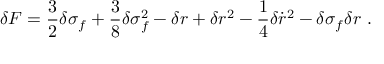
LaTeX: \delta F = \frac { 3 } { 2 } \delta \sigma _ { f } + \frac { 3 } { 8 } \delta \sigma _ { f } ^ { 2 } - \delta r + \delta r ^ { 2 } - \frac { 1 } { 4 } \delta { \dot { r } } ^ { 2 } - \delta \sigma _ { f } \delta r ~ .